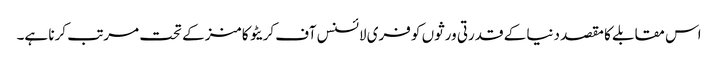
اس مقابلے کا مقصد دنیا کے قدرتی ورثوں کو فری لائسنس آف کریٹو کامنز کے تحت مرتب کرنا ہے۔